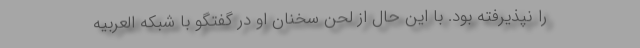
را نپذیرفته بود. با این حال از لحن سخنان او در گفتگو با شبکه العربیه